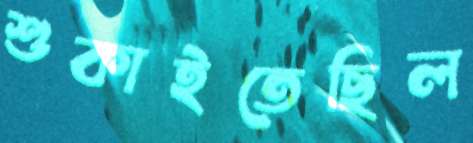
শুকাইতেছিল